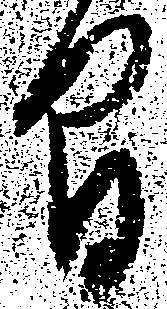
間